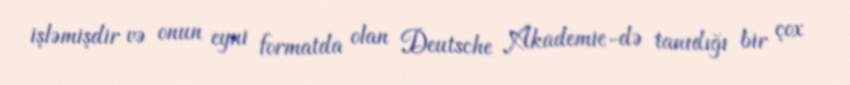
işləmişdir və onun eyni formatda olan Deutsche Akademie-də tanıdığı bir çox